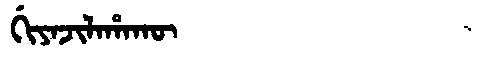
Manchu: ᡤᡳᠶᠠᠵᡳᠯᠠᡥᠠᡴᡡ
Romanization: GIYAJILAHAKŪ